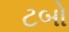
ટબો